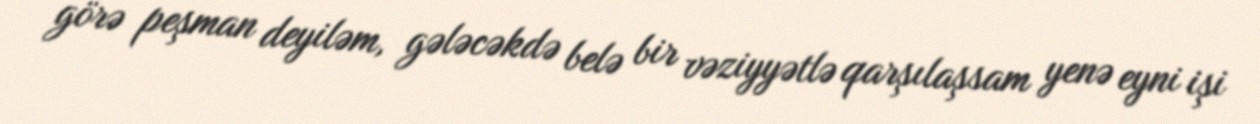
görə peşman deyiləm, gələcəkdə belə bir vəziyyətlə qarşılaşsam yenə eyni işi